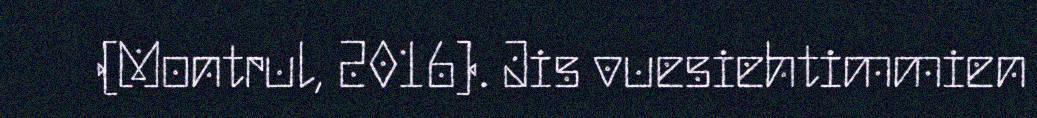
(Montrul, 2016). Jis vuesiehtimmien